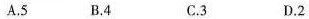
A.5 B.4 C.3 D.2